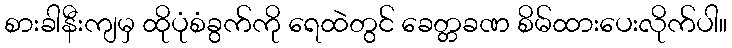
စားခါနီးကျမှ ထိုပုံစံခွက်ကို ရေထဲတွင် ခေတ္တခဏ စိမ်ထားပေးလိုက်ပါ။